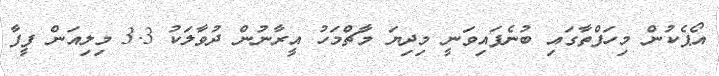
އޯޕެކުން މިހަފްތާގައި ބުނެފައިވަނީ މިދިޔަ މާޗްމަހު އީރާނުން ދުވާލަކު 3.3 މިލިއަން ފީފާ